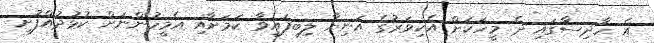
އެ ހާދިސާގައި ދެ މީހަކަށް އެކިވަރުގެ އަނިޔާ ލިބިފައިވާ ކަަމަށާއި އެމީހުންނަށް ކުޅުދުއްފުށީ